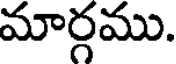
మార్గము.